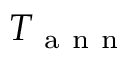
T _ { \mathrm { ~ a ~ n ~ n ~ } }